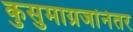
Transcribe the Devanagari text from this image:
कुसुमाग्रजांनंतर